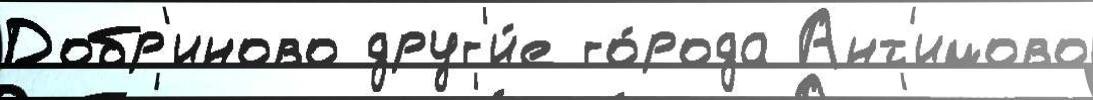
Добр'иново друг'и́е го́рода Ант'имово